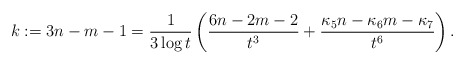
\begin{align*} k:=3n-m-1 = \frac{1}{3 \log t} \left( \frac{6 n-2m-2}{t^3} + \frac{ \kappa_5 n - \kappa_6m - \kappa_7}{t^6} \right).\end{align*}